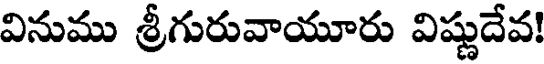
వినుము శ్రీగురువాయూరు విష్ణుదేవ!